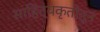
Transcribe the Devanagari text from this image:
साहित्यकृतीतून